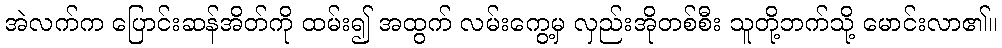
အဲလက်က ပြောင်းဆန်အိတ်ကို ထမ်း၍ အထွက် လမ်းကွေ့မှ လှည်းအိုတစ်စီး သူတို့ဘက်သို့ မောင်းလာ၏။